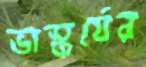
ভাস্কর্যের